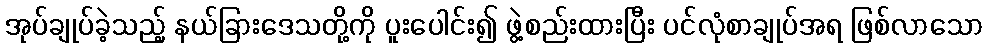
အုပ်ချုပ်ခဲ့သည့် နယ်ခြားဒေသတို့ကို ပူးပေါင်း၍ ဖွဲ့စည်းထားပြီး ပင်လုံစာချုပ်အရ ဖြစ်လာသော